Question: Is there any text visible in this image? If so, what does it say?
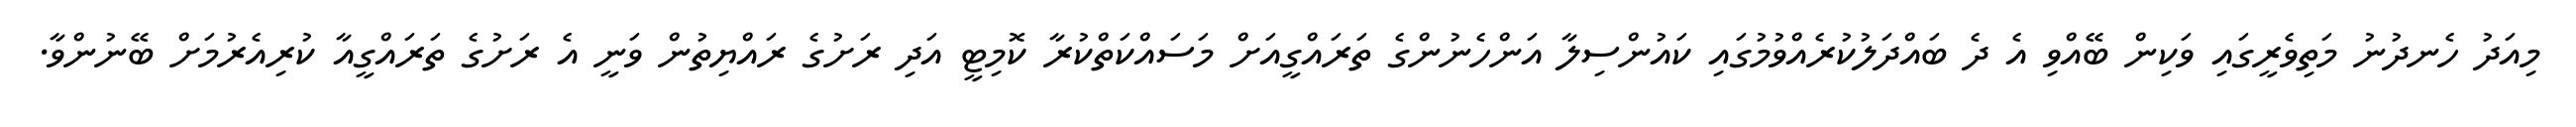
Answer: މިއަދު ހެނދުނު މަތިވެރީގައި ވަކިން ބޭއްވި އެ ދެ ބައްދަލުކުރެއްވުމުގައި ކައުންސިލާ އަންހެނުންގެ ތަރައްގީއަށް މަސައްކަތްކުރާ ކޮމިޓީ އަދި ރަށުގެ ރައްޔިތުން ވަނީ އެ ރަށުގެ ތަރައްގީއާ ކުރިއެރުމަށް ބޭނުންވާ.